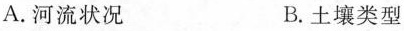
A.河流状况 B.土壤类型